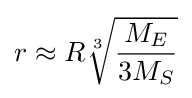
r\approx R{\sqrt[{3}]{\frac {M_{E}}{3M_{S}}}}